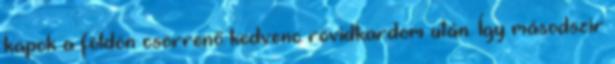
kapok a földön csörrenő kedvenc rövidkardom után. Így másodszir